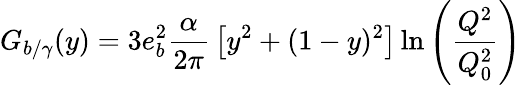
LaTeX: G_{b/\gamma}(y)=3e_{b}^{2}{\frac{\alpha}{2\pi}}\left[y^{2}+(1-y)^{2}\right]\ln\left(\frac{Q^{2}}{Q_{0}^{2}}\right)